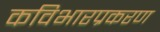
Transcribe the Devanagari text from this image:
कविभारप्रकरण